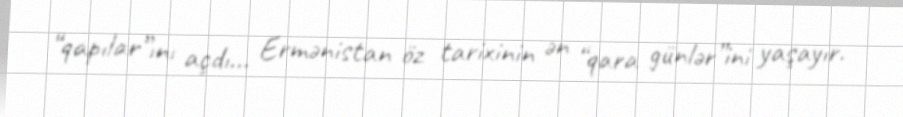
“qapılar”ını açdı... Ermənistan öz tarixinin ən “qara günlər”ini yaşayır.